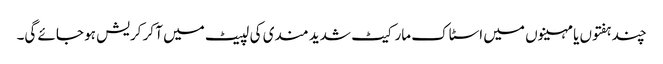
چند ہفتوں یا مہینوں میں اسٹاک مارکیٹ شدید مندی کی لپیٹ میں آ کر کریش ہو جائے گی۔